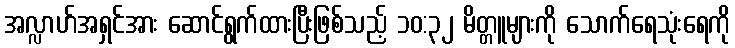
အလ္လာဟ်အရှင်အား ဆောင်ရွက်ထားပြီးဖြစ်သည့် ၁၀:၃၂ မိတ္တူများကို သောက်ရေသုံးရေကို